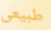
طبيعى